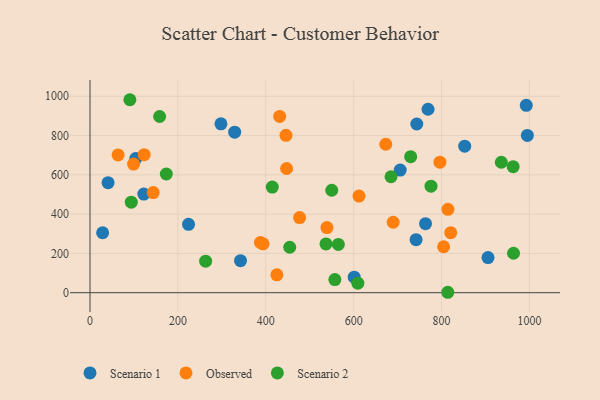
{"axis": {"x": "Distance", "y": "Profit"}, "legend": ["Observed", "Scenario 1", "Scenario 2"], "data": [{"x": "329.2", "y": 817.1, "type": "Scenario 1"}, {"x": "224.2", "y": 348.0, "type": "Scenario 1"}, {"x": "705.9", "y": 624.4, "type": "Scenario 1"}, {"x": "41.1", "y": 560.4, "type": "Scenario 1"}, {"x": "342.5", "y": 163.2, "type": "Scenario 1"}, {"x": "601.2", "y": 78.9, "type": "Scenario 1"}, {"x": "852.7", "y": 745.8, "type": "Scenario 1"}, {"x": "104.1", "y": 683.0, "type": "Scenario 1"}, {"x": "995.3", "y": 800.7, "type": "Scenario 1"}, {"x": "905.7", "y": 178.7, "type": "Scenario 1"}, {"x": "763.5", "y": 351.4, "type": "Scenario 1"}, {"x": "769.2", "y": 934.0, "type": "Scenario 1"}, {"x": "992.8", "y": 954.1, "type": "Scenario 1"}, {"x": "743.6", "y": 858.9, "type": "Scenario 1"}, {"x": "122.4", "y": 501.9, "type": "Scenario 1"}, {"x": "28.7", "y": 305.2, "type": "Scenario 1"}, {"x": "298.0", "y": 860.0, "type": "Scenario 1"}, {"x": "742.0", "y": 269.8, "type": "Scenario 1"}, {"x": "63.9", "y": 701.2, "type": "Observed"}, {"x": "387.8", "y": 255.5, "type": "Observed"}, {"x": "804.6", "y": 233.9, "type": "Observed"}, {"x": "476.9", "y": 382.6, "type": "Observed"}, {"x": "143.8", "y": 509.6, "type": "Observed"}, {"x": "431.6", "y": 897.4, "type": "Observed"}, {"x": "447.4", "y": 632.4, "type": "Observed"}, {"x": "425.2", "y": 90.7, "type": "Observed"}, {"x": "820.9", "y": 305.8, "type": "Observed"}, {"x": "796.3", "y": 664.4, "type": "Observed"}, {"x": "673.0", "y": 755.9, "type": "Observed"}, {"x": "123.2", "y": 702.9, "type": "Observed"}, {"x": "539.2", "y": 331.6, "type": "Observed"}, {"x": "612.2", "y": 492.1, "type": "Observed"}, {"x": "446.0", "y": 801.3, "type": "Observed"}, {"x": "99.1", "y": 654.7, "type": "Observed"}, {"x": "689.9", "y": 358.7, "type": "Observed"}, {"x": "814.5", "y": 424.2, "type": "Observed"}, {"x": "393.7", "y": 248.7, "type": "Observed"}, {"x": "158.4", "y": 897.2, "type": "Scenario 2"}, {"x": "962.9", "y": 641.8, "type": "Scenario 2"}, {"x": "173.6", "y": 604.3, "type": "Scenario 2"}, {"x": "90.7", "y": 982.5, "type": "Scenario 2"}, {"x": "557.2", "y": 66.9, "type": "Scenario 2"}, {"x": "537.0", "y": 248.3, "type": "Scenario 2"}, {"x": "263.1", "y": 160.3, "type": "Scenario 2"}, {"x": "963.8", "y": 200.9, "type": "Scenario 2"}, {"x": "609.5", "y": 48.3, "type": "Scenario 2"}, {"x": "550.1", "y": 521.5, "type": "Scenario 2"}, {"x": "565.1", "y": 245.6, "type": "Scenario 2"}, {"x": "93.9", "y": 460.8, "type": "Scenario 2"}, {"x": "414.7", "y": 537.5, "type": "Scenario 2"}, {"x": "454.5", "y": 231.3, "type": "Scenario 2"}, {"x": "685.0", "y": 590.2, "type": "Scenario 2"}, {"x": "814.1", "y": 2.1, "type": "Scenario 2"}, {"x": "776.0", "y": 542.4, "type": "Scenario 2"}, {"x": "936.0", "y": 664.1, "type": "Scenario 2"}, {"x": "729.7", "y": 692.6, "type": "Scenario 2"}]}